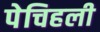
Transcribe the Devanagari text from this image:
पेचिहली